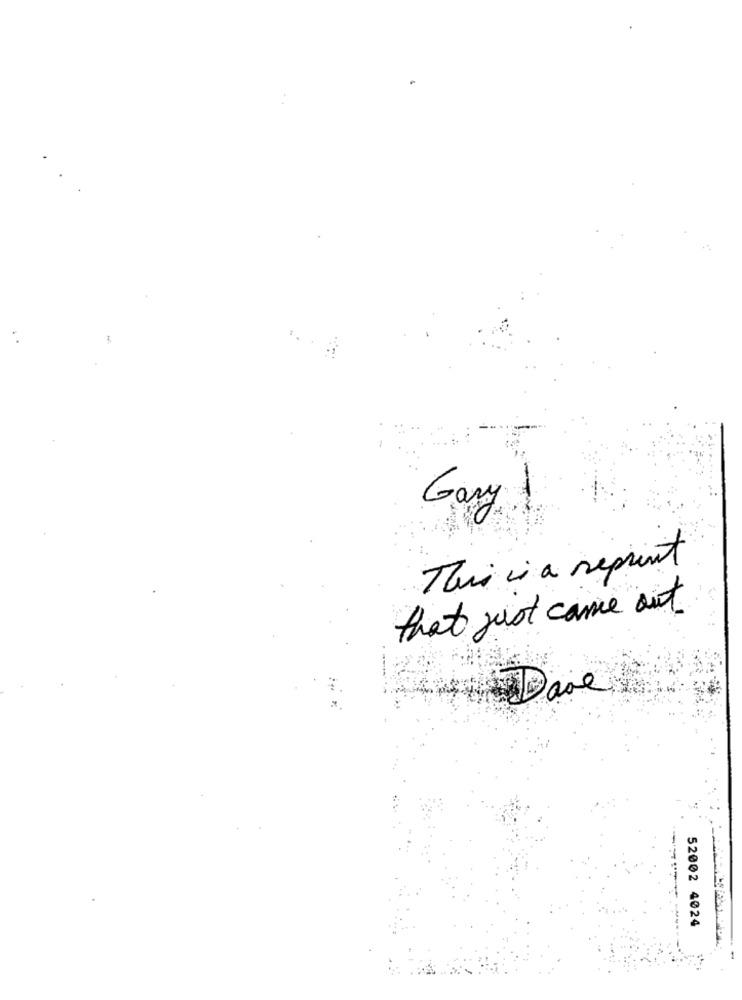
Gary !
This is a reprint
that just came out
Dave
52002 4024